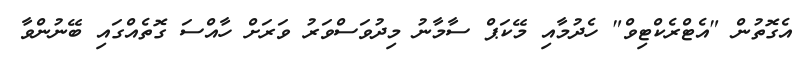
އެގޮތުން "އެޓްރެކްޓިވް" ހެދުމާއި މޭކަޕް ސާމާނު މިދުވަސްވަރު ވަރަށް ހާއްސަ ގޮތެއްގައި ބޭނުންވާ